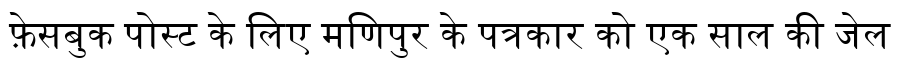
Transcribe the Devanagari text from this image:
फ़ेसबुक पोस्ट के लिए मणिपुर के पत्रकार को एक साल की जेल